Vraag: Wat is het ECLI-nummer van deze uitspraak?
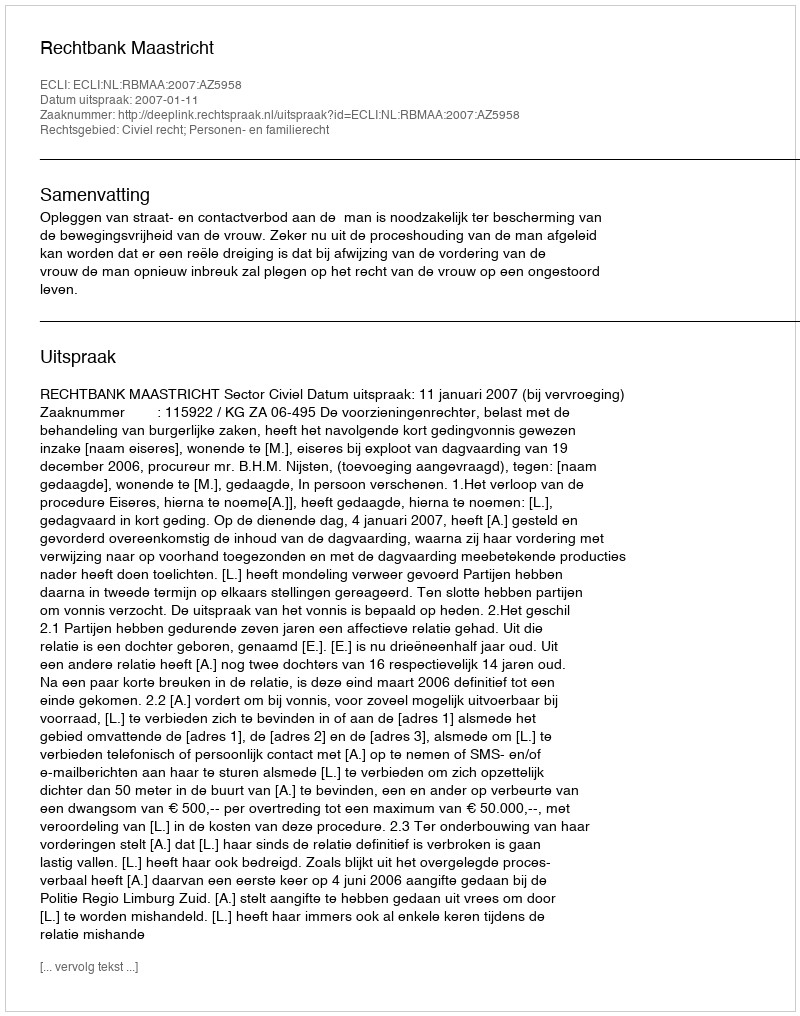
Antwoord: ECLI:NL:RBMAA:2007:AZ5958